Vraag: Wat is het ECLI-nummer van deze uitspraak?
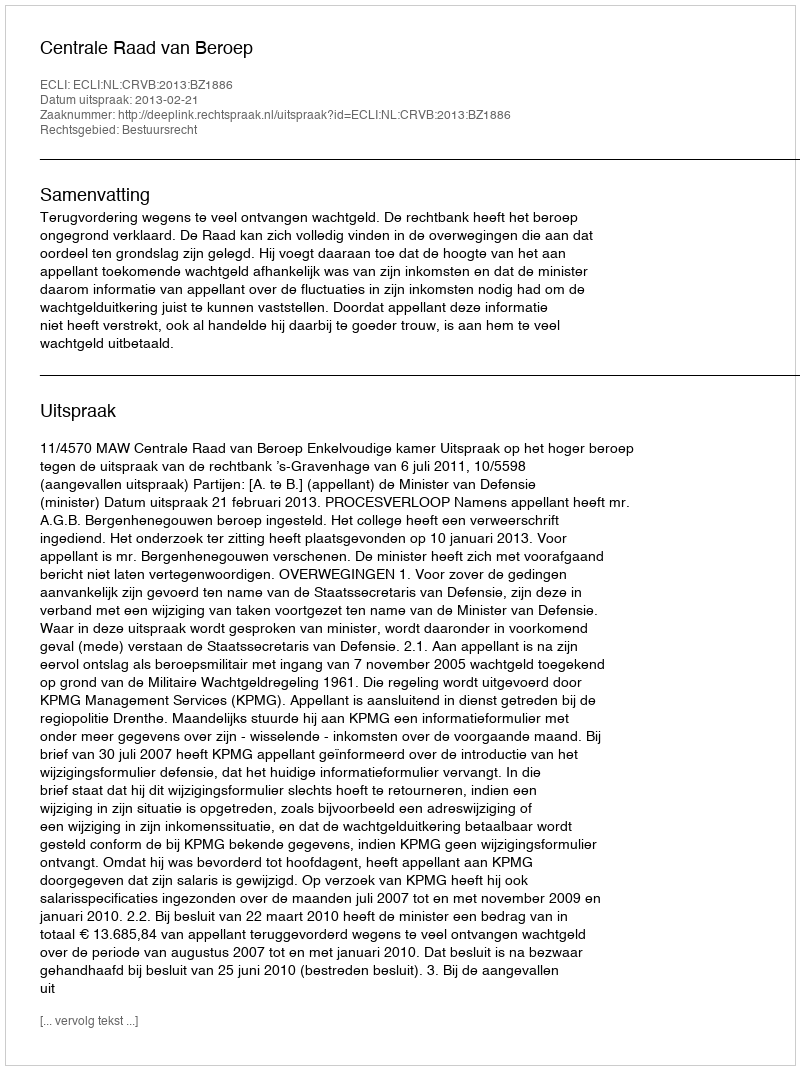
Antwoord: ECLI:NL:CRVB:2013:BZ1886